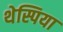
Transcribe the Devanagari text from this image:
थेस्पिया